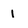
Character: 1